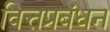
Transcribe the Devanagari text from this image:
वित्तप्रबंधन